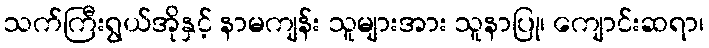
သက်ကြီးရွယ်အိုနှင့် နာမကျန်း သူများအား သူနာပြု၊ ကျောင်းဆရာ၊